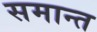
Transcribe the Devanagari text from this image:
समान्त